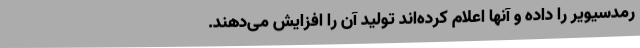
رمدسیویر را داده و آنها اعلام کرده‌اند تولید آن را افزایش می‌دهند.